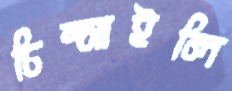
চিম্‌সাইলি